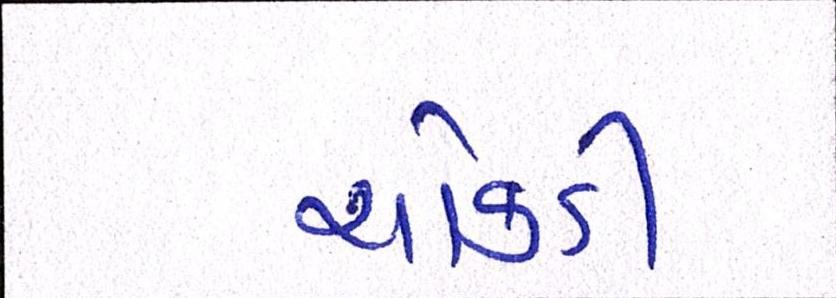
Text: ચોકડી